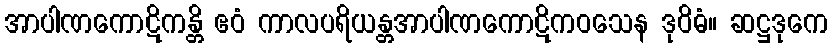
အာပါဏကောဋိကန္တိ ဧဝံ ကာလပရိယန္တအာပါဏကောဋိကဝသေန ဒုဝိဓံ။ ဆဋ္ဌဒုကေ